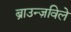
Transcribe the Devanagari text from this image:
ब्राउन्ज़विले